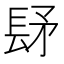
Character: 𨱨